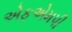
એફએમપી